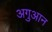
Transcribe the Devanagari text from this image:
अगुआन